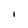
Character: I